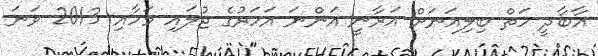
އާބާދީ ހަތް ބިލިއަނަށް އަރާނީ އަންނަ އަހަރުގެ ޖުލައި މަހާއި 2013 ވަނަ